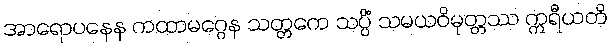
အာရောပနေန ကထာမဂ္ဂေန သတ္တကေ သပ္ပိံ သမယဝိမုတ္တဿ ဣရီယတိ